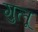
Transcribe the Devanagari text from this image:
गुलू